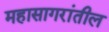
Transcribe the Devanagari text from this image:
महासागरांतील